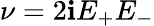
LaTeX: \nu=2\mathbf{i}E_{+}E_{-}